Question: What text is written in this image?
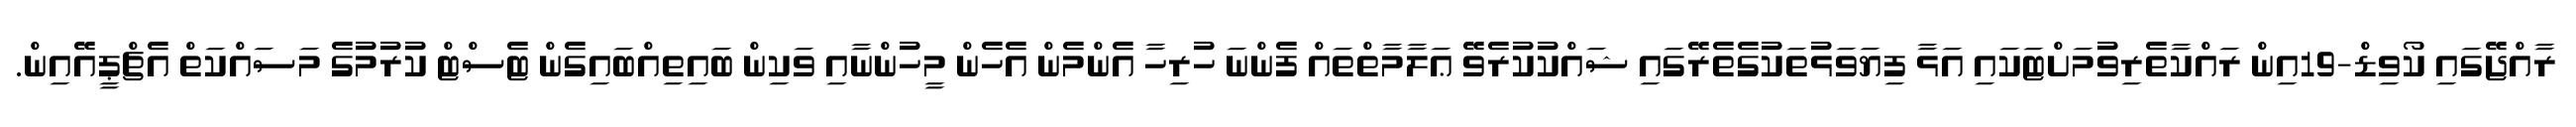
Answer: ރާއްޖޭގައި ކޯވިޑް-19އިން ރައްކާތެރިވުމަށްޓަކައި އަޅާ ފިޔަވަޅުތަކުގެތެރޭގައި ޝައްކުކުރެވޭ ޢަލާމާތްތައް ފެންނަ ހުރިހާ އެންމެން އެހެން މީހުންނާއި ވަކިން ބައިތިއްބައިގެން ޓެސްޓް ކުރުމުގެ މަސައްކަތް އެޗްޕީއޭއިން.